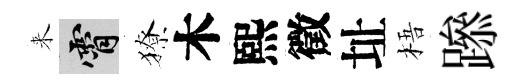
来霄獠木熙徵址梧𨅶